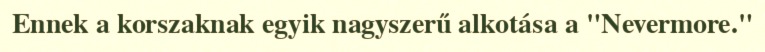
Ennek a korszaknak egyik nagyszerű alkotása a "Nevermore."